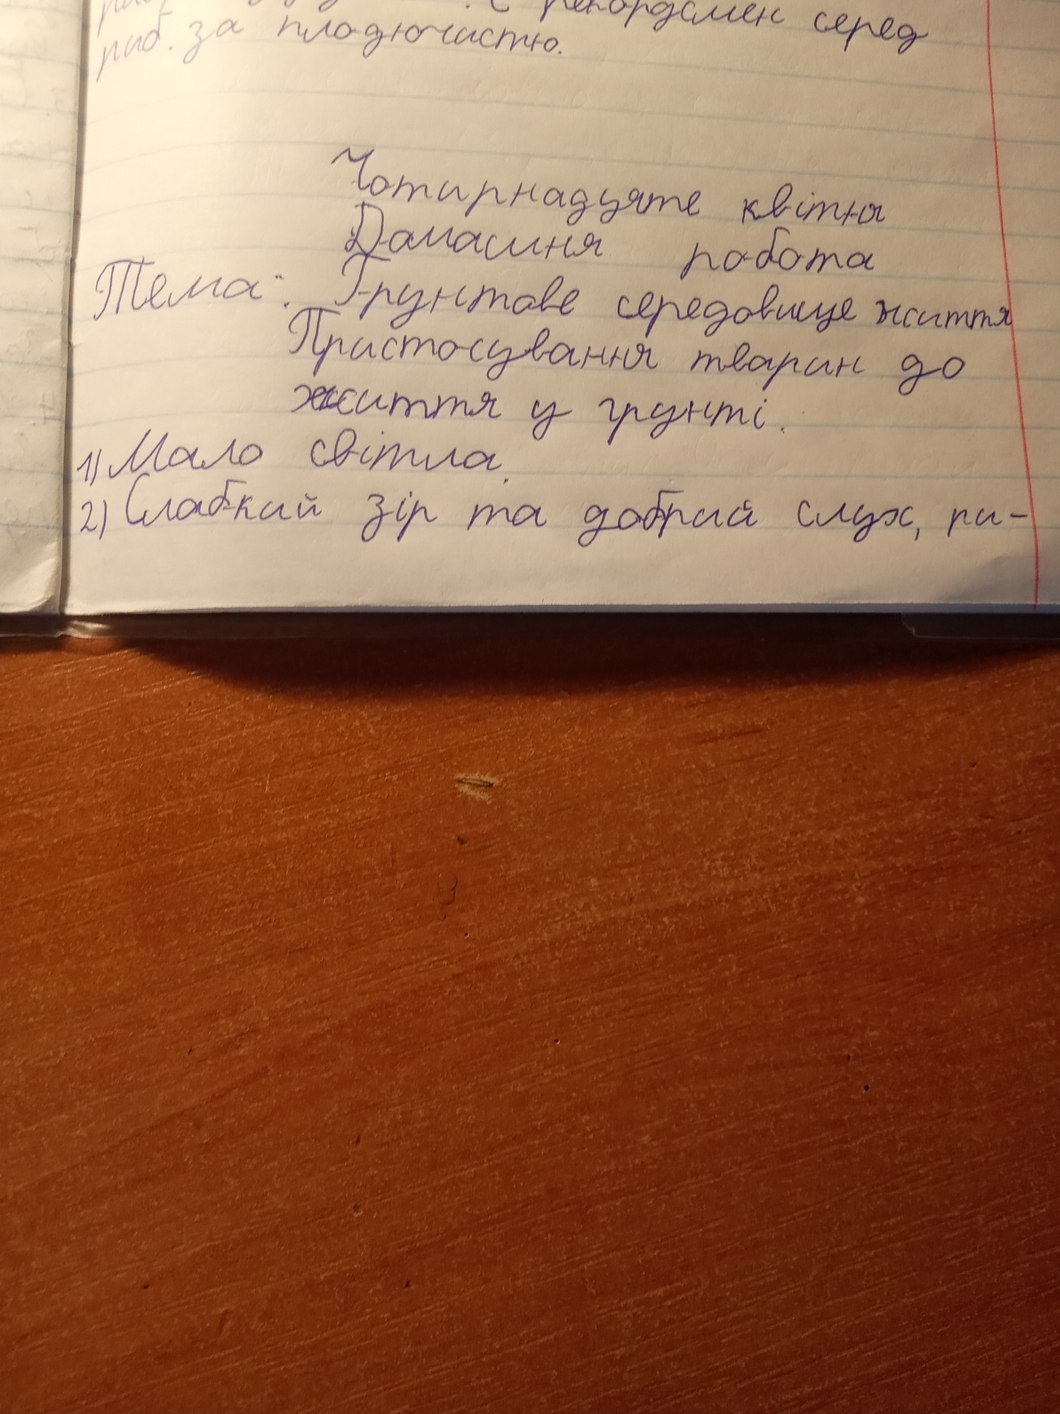
рекордсмен серед
риб. за плодючистю.
Чотирнадцяте квітня
Домашня робота
Тема: Грунтове середовище життя
Пристосування тварин до
життя у грунті.
1) Мало світла
2) Слабкий зір та добрий слух, ри-